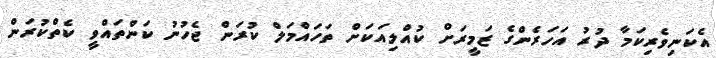
އެކަނިވެރިކަމާ ދުރު އަހަރެންގެ ޒަމީރަށް ކުއްލިއަކަށް ތަހައްމަލް ކުރަން ޖެހުނު ކަންތައްވީ ކެތްކުރަން